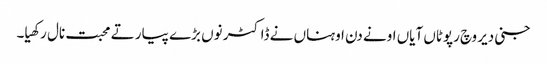
جنی دیر وچ رپوٹاں آیاں اونے دن اوہناں نے ڈاکٹر نوں بڑے پیار تے محبت نال رکھیا۔